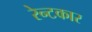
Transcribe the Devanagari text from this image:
रेन्टकार